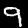
Label: 9